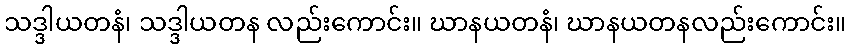
သဒ္ဒါယတနံ၊ သဒ္ဒါယတန လည်းကောင်း။ ဃာနယတနံ၊ ဃာနယတနလည်းကောင်း။